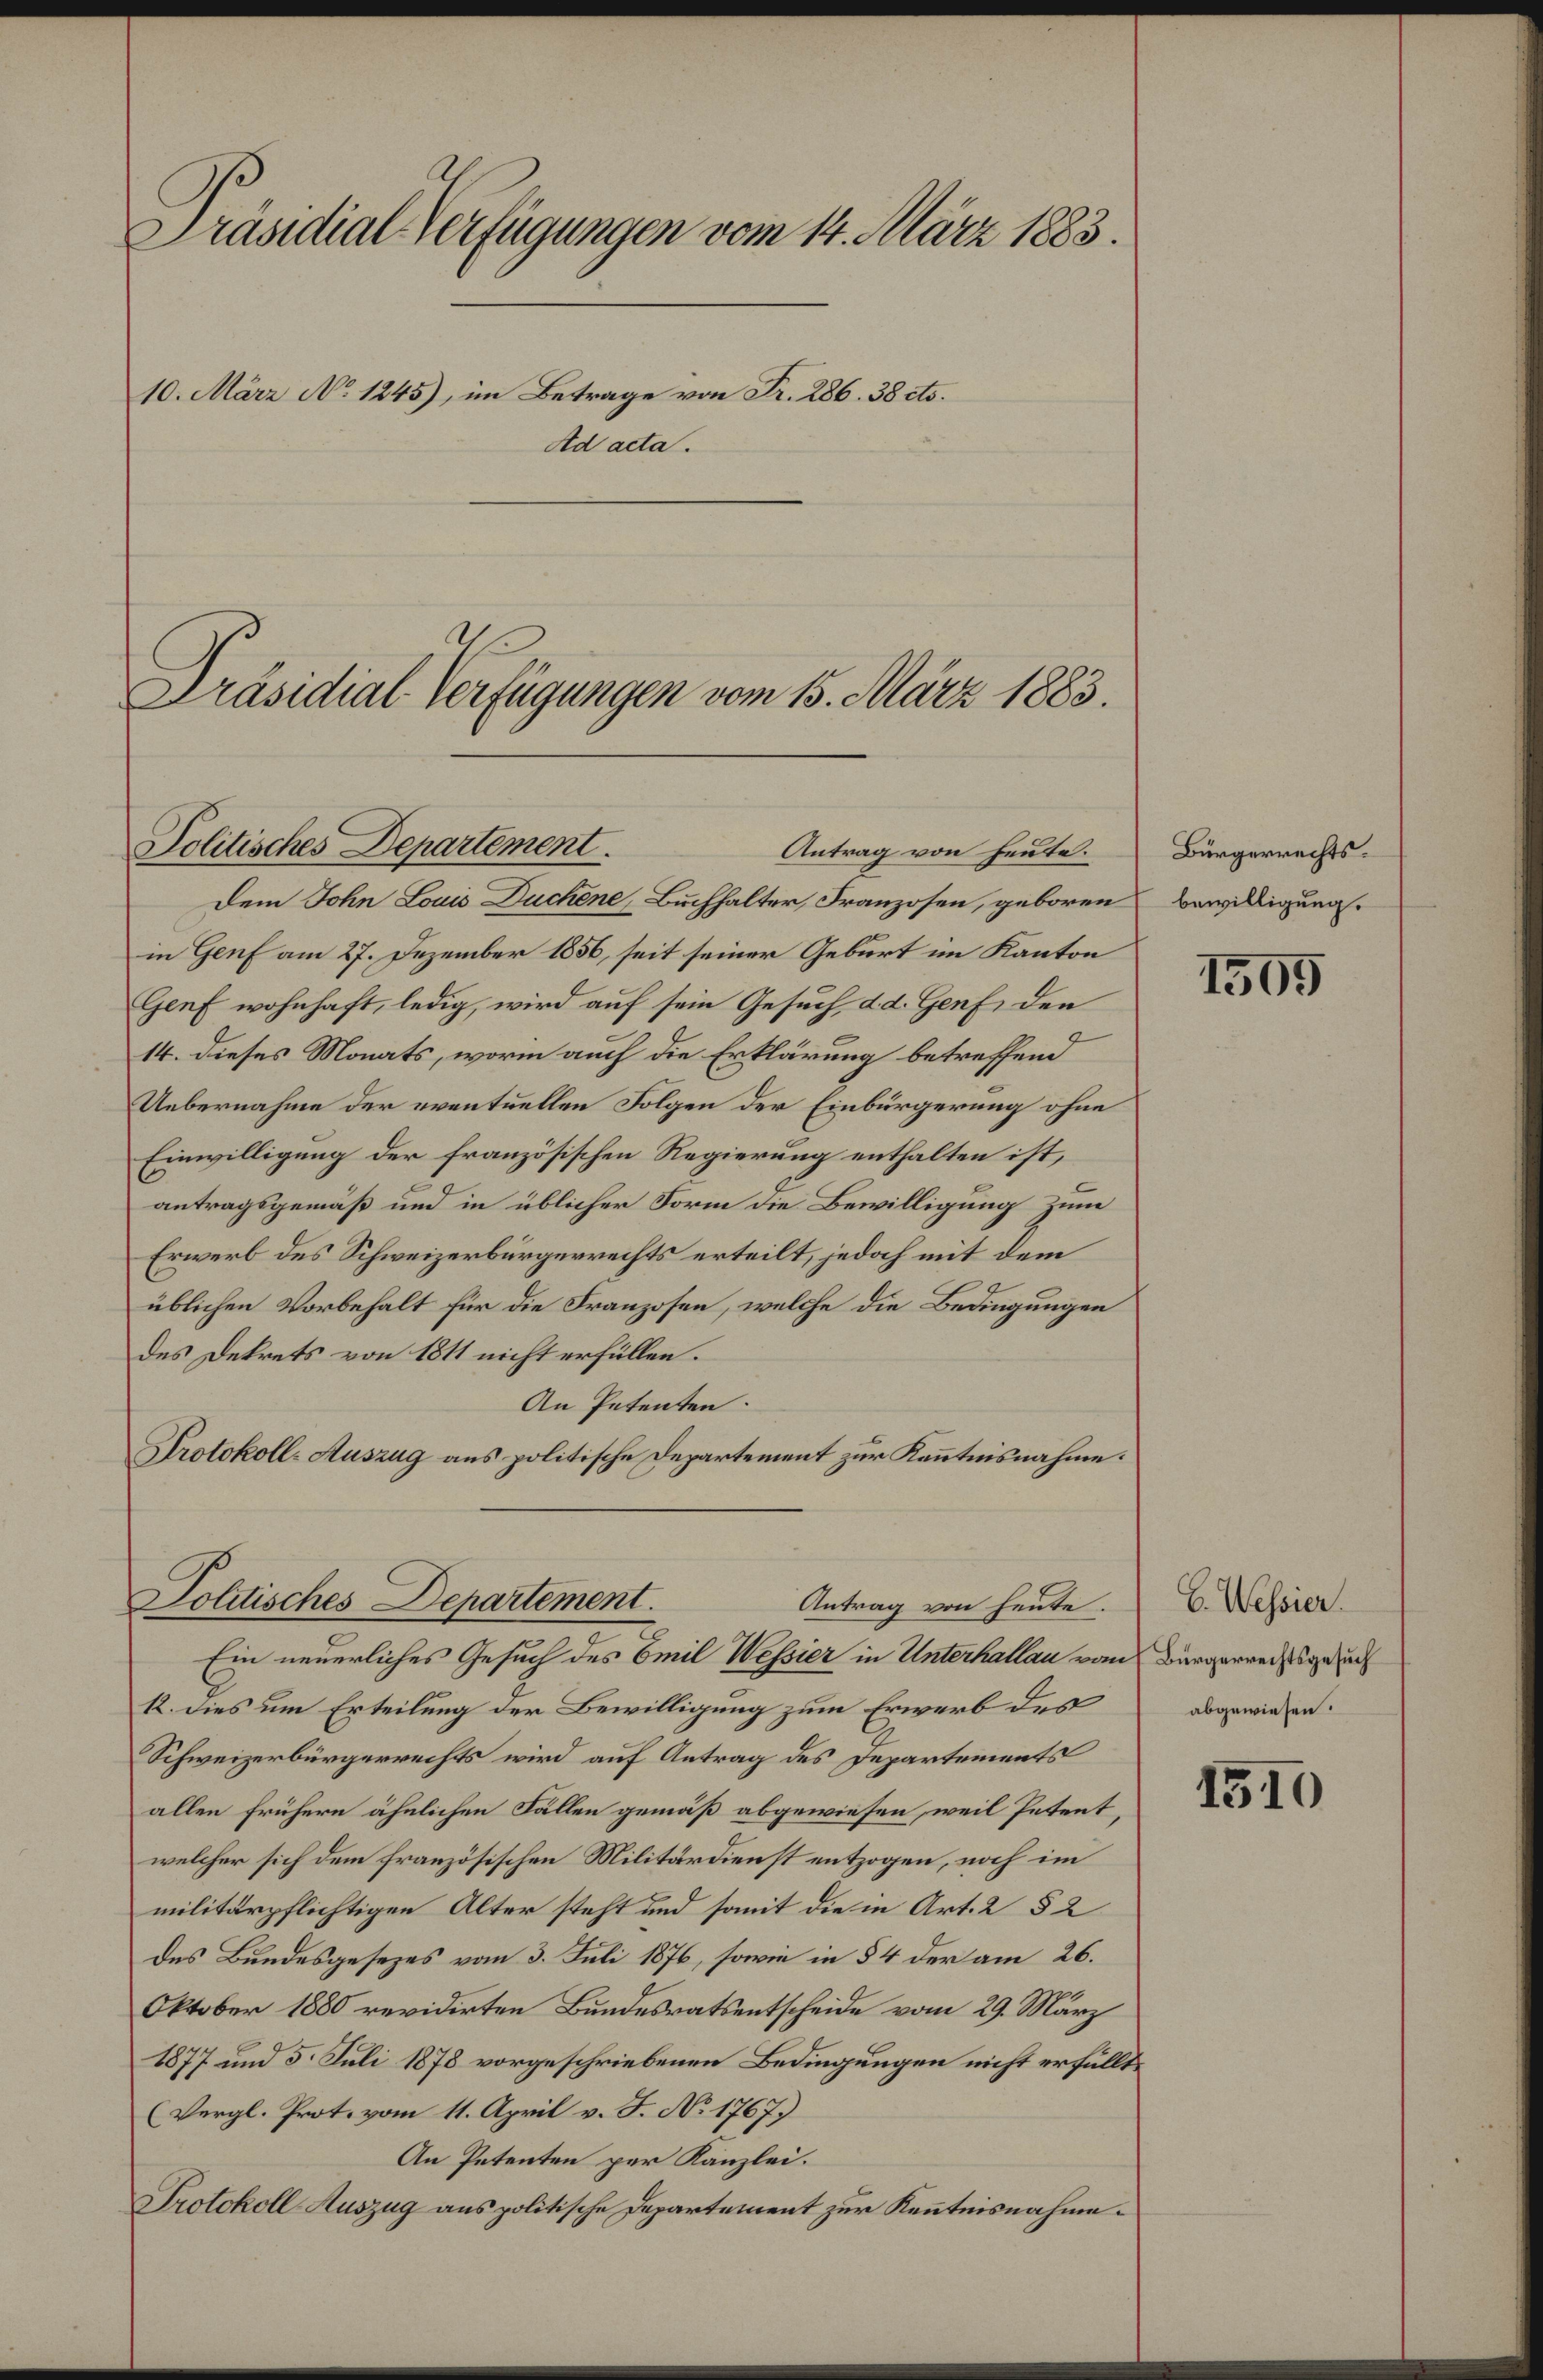
Präsidial-Verfügungen vom 14. März 1883.
10. März No 1245), im Betrage von Fr. 286. 38 cts.
Ad acta.

S
Präsidial-Verfügungen vom 15. März 1883.

Politisches Departement.
Antrag von heute.

Dem John Louis Duchene Buchhalter, Franzosen, geboren
in Genf am 27. Dezember 1856, seit seiner Geburt im Kanton
Genf wohnhaft, ledig, wird auf sein Gesuch, d. d. Genf, den
14. dieses Monats, worin auch die Erklärung betreffend
Uebernahme der eventuellen Folgen der Einbürgerung ohne
Einwilligung der französischen Regierung enthalten ist,
antragsgemäß und in üblicher Form die Bewilligung zum
Erwerb des Schweizerbürgerrechts erteilt, jedoch mit dem
üblichen Vorbehalt für die Franzosen, welche die Bedingungen
des Dekrets von 1811 nicht erfüllen.
An Petenten.
Protokoll-Auszug aus politische Departement zur Kenntnisnahme.

Politisches Departement.
Antrag von heute.
Ein neuerliches Gesuch des Emil Wessier in Unterhallau vom Bürgerrechtsgesuch

12. Dies um Erteilung der Bewilligung zum Erwerb des
Schweizerbürgerrechts wird auf Antrag des Departements
allen frühern ähnlichen Fällen gemäß abgewiesen, weil Petent,
welcher sich dem französischen Militärdienst entzogen, noch im
militärpflichtigen Alter steht und somit die in Art. 2 § 2
des Bundesgesezes vom 3. Juli 1876, sowie in § 4 der am 26.
Oktober 1880 revidirten Bundesrats entscheide vom 29. März
1877 und 5. Juli 1878 vorgeschriebenen Bedingungen nicht erfüllte
(Vergl. Prot. vom 11. April v. J. No 1767.
An Petenten per Kanzlei.
Protokoll Auszug aus politische Departement zur Kenntnisnahme.

Bürgerrechtsbewilligung.

1505

E. Wessier.
abgewiesen.

1510